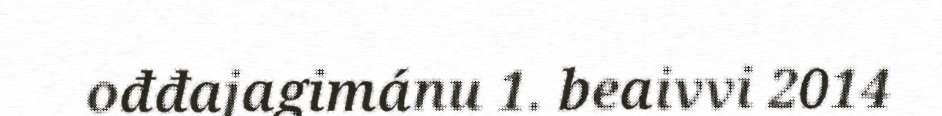
ođđajagimánu 1. beaivvi 2014